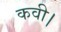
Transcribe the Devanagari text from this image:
कवी।